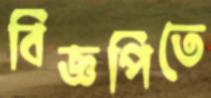
বিজ্ঞপিতে